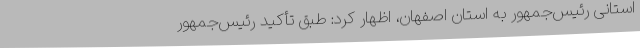
استانی رئیس‌جمهور به استان اصفهان، اظهار کرد: طبق تأکید رئیس‌جمهور